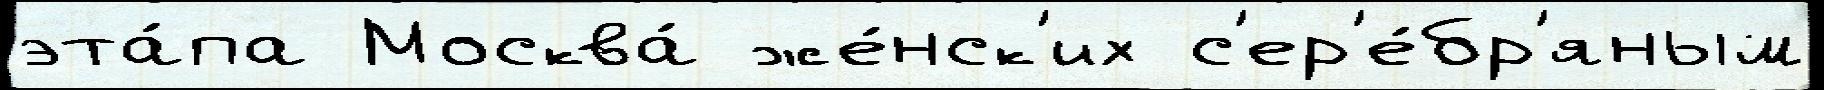
эта́па Москва́ же́нск'их с'ер'е́бр'яным